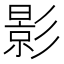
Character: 影